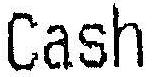
CASH